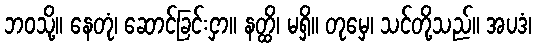
ဘဝသို့။ နေတုံ၊ ဆောင်ခြင်းငှာ။ နတ္ထိ၊ မရှိ။ တုမှေ၊ သင်တို့သည်။ အပဒံ၊